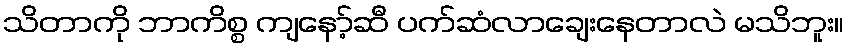
သိတာကို ဘာကိစ္စ ကျနော့်ဆီ ပက်ဆံလာချေးနေတာလဲ မသိဘူး။